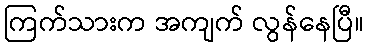
ကြက်သားက အကျက် လွန်နေပြီ။